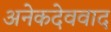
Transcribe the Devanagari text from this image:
अनेकदेववाद